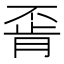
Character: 𫠶